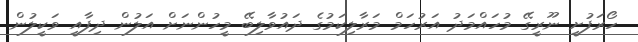
ހޯރަފުށީ ނޫރީގޭ މުހައްމަދު އަރުހަމް މަރާލިކަމުގެ ދައުވާލިބޭ މީހުންނަށް އަލުން ދިފާއީ ވަކީލުން